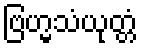
ဗြဟ္မသံယုတ္တံ